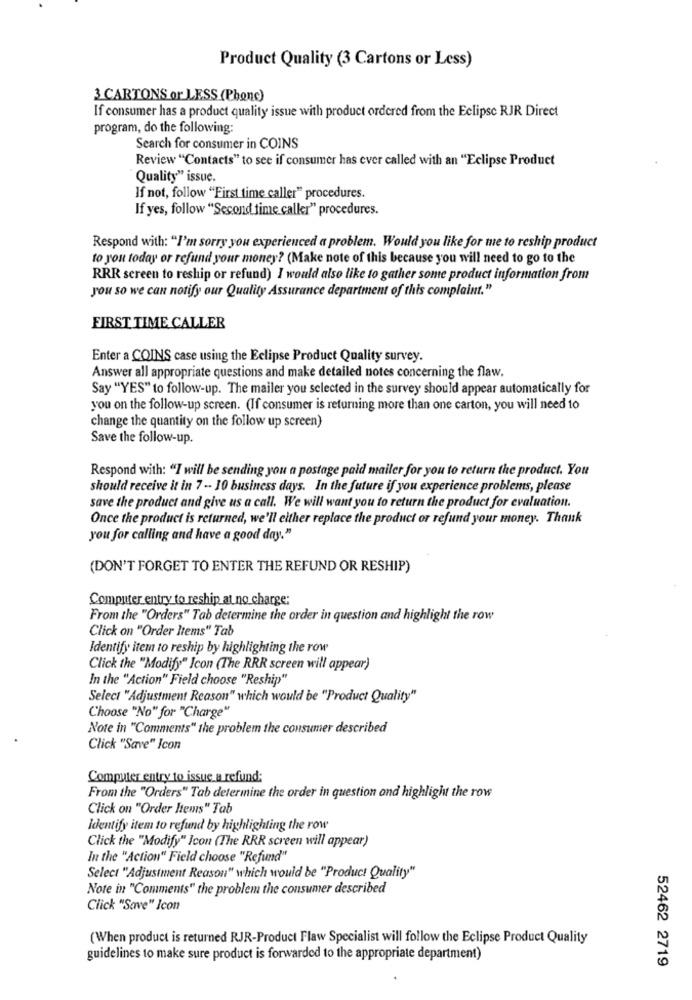
Product Quality (3 Cartons or Less)
3 CARTONS or LESS (Phone)
If consumer has a product quality issue with product ordered from the Eclipse RJR Direct
program, do the following:
Search for consumer in COINS
Review "Contacts" to see if consumer has ever called with an "Eclipse Product
Quality" issue.
If not, follow "First time caller" procedures.
If yes, follow "Second time calkr" procedures.
Respond with: "I'm sorry you experienced a problem. Would you like for me to reship product
to you today or refund your money? (Make note of this because you will need to go to the
RRR screen to reship or refund) I would also like to gather some product information from
you so we can notify our Quality Assurance department of this complaint."
FIRST TIME CALLER
Enter a COINS case using the Eclipse Product Quality survey.
Answer all appropriate questions and make detailed notes concerning the flaw.
Say "YES" to follow-up. The mailer you selected in the survey should appear automatically for
you on the follow-up screen. (If consumer is returning more than one carton, you will need to
change the quantity on the follow up screen)
Save the follow-up.
Respond with: "I will be sending you a postage paid mailer for you to return the product. You
should receive it in 7 -- 10 business days. In the future if you experience problems, please
save the product and give us a call. We will want you to return the product for evaluation.
Once the product is returned, we'll either replace the product or refund your money. Thank
you for calling and have a good day."
(DON'T FORGET TO ENTER THE REFUND OR RESHIP)
Computer entry to reship at no charge:
From the "Orders" Tab determine the order in question and highlight the row
Click on "Order Items" Tab
Identify item to reship by highlighting the row
Click the "Modify" Icon (The RRR screen will appear)
In the "Action" Field choose "Reship"
Select "Adjustment Reason" which would be "Product Quality"
Choose "No" for "Charge"
Note in "Comments" the problem the consumer described
Click "Save" Icon
Computer entry to issue a refund:
From the "Orders" Tab determine the order in question and highlight the row
Click on "Order Items" Tab
Identify item to refund by highlighting the row
Click the "Modify" Icon (The RRR screen will appear)
In the "Action" Field choose "Refund"
Select "Adjustment Reason" which would be "Product Quality"
Note in "Comments" the problem the consumer described
Click "Save" Icon
(When product is returned RJR-Product Flaw Specialist will follow the Eclipse Product Quality
guidelines to make sure product is forwarded to the appropriate department)
52462 2719